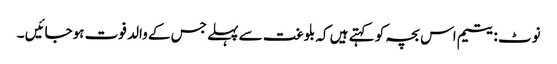
نوٹ :یتیم اس بچہ کو کہتے ہیں کہ بلوغت سے پہلے جس کے والد فوت ہوجائیں ۔